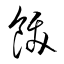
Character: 飫